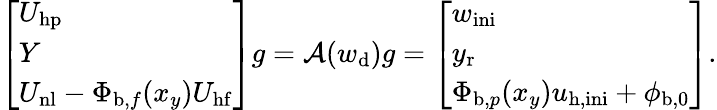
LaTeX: \left[\begin{array}{l}{U_{\mathrm{hp}}}\\ {Y}\\ {U_{\mathrm{nl}}-\Phi_{\mathrm{b},f}(x_{y})U_{\mathrm{hf}}}\end{array}\right]g=\mathcal{A}(w_{\mathrm{d}})g=\left[\begin{array}{l}{w_{\mathrm{ini}}}\\ {y_{\mathrm{r}}}\\ {\Phi_{\mathrm{b},p}(x_{y})u_{\mathrm{h,ini}}+\phi_{\mathrm{b},0}}\end{array}\right].